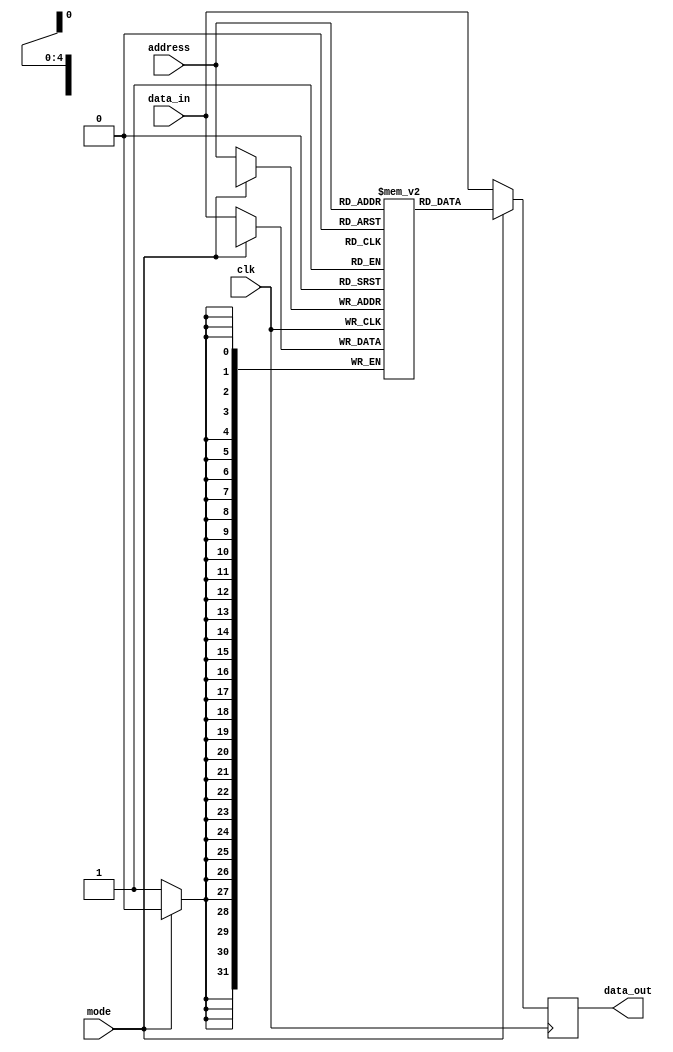
module veda (
  input clk, // clock input
  input mode, // memory mode input
  input [4:0] address, // address input
  input [31:0] data_in, // input data
  output reg [31:0] data_out // output data
);

reg [31:0] mem [0:31]; // 32x32 memory

always @(posedge clk) begin
  if (mode == 0) begin // scribble mode
    mem[address] <= data_in; // write data to memory
    data_out <= data_in; // output input data
  end else begin // interpret mode
    data_out <= mem[address]; // output data from memory
  end
end

endmodule


// This code defines a module called single_port_memory that has inputs for the clock signal (clk), the memory mode (mode),the memory address
// (address), and the input data (data_in), as well as an output for the output data (data_out).
// Inside the module, there is a 32x32 memory array (mem) that is defined using a register (reg) data type. The always block is triggered 
// on every positive edge of the clock signal (posedge clk). If the memory is in scribble mode (mode == 0), the input data is written to the
// memory at the specified address (mem[address] <= data_in) and also driven to the output port (data_out <= data_in). If the memory is in
// interpret mode (mode == 1), the data previously written in the memory will be provided at the output port (data_out <= mem[address]).